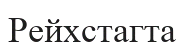
Рейхстагта